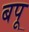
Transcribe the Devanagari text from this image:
बपू